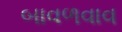
બાવળવાવ